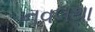
નવલથા